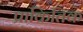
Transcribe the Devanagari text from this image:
प्राकितिक